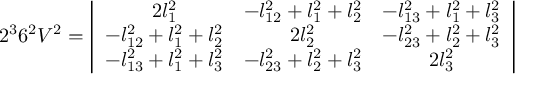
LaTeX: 2 ^ { 3 } 6 ^ { 2 } V ^ { 2 } = \left| \begin{array} { c c c } { { 2 l _ { 1 } ^ { 2 } } } & { { - l _ { 1 2 } ^ { 2 } + l _ { 1 } ^ { 2 } + l _ { 2 } ^ { 2 } } } & { { - l _ { 1 3 } ^ { 2 } + l _ { 1 } ^ { 2 } + l _ { 3 } ^ { 2 } } } \\ { { - l _ { 1 2 } ^ { 2 } + l _ { 1 } ^ { 2 } + l _ { 2 } ^ { 2 } } } & { { 2 l _ { 2 } ^ { 2 } } } & { { - l _ { 2 3 } ^ { 2 } + l _ { 2 } ^ { 2 } + l _ { 3 } ^ { 2 } } } \\ { { - l _ { 1 3 } ^ { 2 } + l _ { 1 } ^ { 2 } + l _ { 3 } ^ { 2 } } } & { { - l _ { 2 3 } ^ { 2 } + l _ { 2 } ^ { 2 } + l _ { 3 } ^ { 2 } } } & { { 2 l _ { 3 } ^ { 2 } } } \end{array} \right|